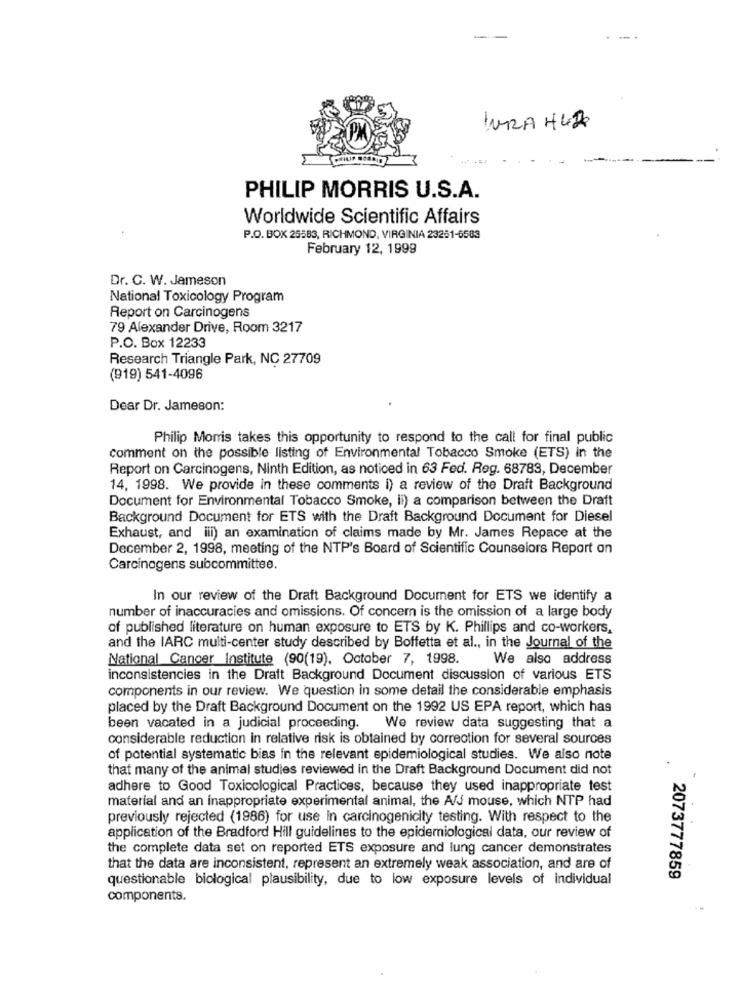
LURA 442
PHILIP MORRIS U.S.A.
Worldwide Scientific Affairs
P.O. BOX 25583, RICHMOND, VIRGINIA 23251-6583
February 12, 1999
Dr. C. W. Jameson
National Toxicology Program
Report on Carcinogens
79 Alexander Drive, Room 3217
P.O. Box 12233
Research Triangle Park, NC 27709
(919) 541-4096
Dear Dr. Jameson:
Philip Morris takes this opportunity to respond to the call for final public
Comment on the possible listing of Environmental Tobacco Smoke (ETS) in the
Report on Carcinogens, Ninth Edition, as noticed in 63 Fed. Reg. 68783, December
14, 1998. We provide in these comments i) a review of the Draft Background
Document for Environmental Tobacco Smoke, li) a comparison between the Draft
Background Document for ETS with the Draft Background Document for Diesel
Exhaust, and ill) an examination of claims made by Mr. James Repace at the
December 2, 1998, meeting of the NTP's Board of Scientific Counselors Report on
Carcinogens subcommittee.
In our review of the Draft Background Document for ETS we identify a
number of inaccuracies and omissions. Of concern is the omission of a large body
of published literature on human exposure to ETS by K. Phillips and co-workers,
and the IARC multi-center study described by Boffetta et al ., in the Journal of the
National Cancer Institute (90(19), October 7, 1998.
We also address
inconsistencies in the Draft Background Document discussion of various ETS
components in our review. We question in some detail the considerable emphasis
placed by the Draft Background Document on the 1992 US EPA report, which has
been vacated in a judicial proceeding. We review data suggesting that a
considerable reduction in relative risk is obtained by correction for several sources
of potential systematic bias in the relevant epidemiological studies. We also note
that many of the animal studies reviewed in the Draft Background Document did not
adhere to Good Toxicological Practices, because they used inappropriate test
material and an inappropriate experimental animal, the A/s mouse, which NTP had
previously rejected (1986) for use in carcinogenicity testing. With respect to the
application of the Bradford Hill guidelines to the epidemiological data, our review of
the complete data set on reported ETS exposure and lung cancer demonstrates
that the data are inconsistent, represent an extremely weak association, and are of
questionable biological plausibility, due to low exposure levels of individual
2073777859
components.